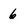
Character: 6